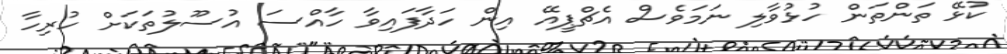
ކުޅޭ ތަންތަން ހުޅުވާލި ނަމަވެސް އެޗްޕީއޭ އިން ހަދާފައިވާ ހާއްސަ އުސޫލުތަކަށް ހުރިހާ